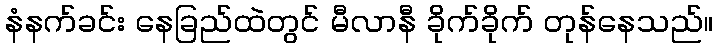
နံနက်ခင်း နေခြည်ထဲတွင် မီလာနီ ခိုက်ခိုက် တုန်နေသည်။